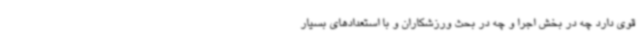
قوی دارد چه در بخش اجرا و چه در بحث ورزشکاران و با استعدادهای بسیار